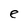
Character: e